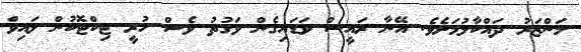
މަންޒަރު ދައްކާލުމަށެވެ. އޭނާ ރައީސް ވަޑައިގެން ވަގުތު ވެސް ހުރީ ޓިކްޓޮކުން ލައިވް